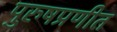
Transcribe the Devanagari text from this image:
पुरुषप्रणीत